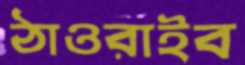
ঠাওরাইব